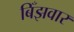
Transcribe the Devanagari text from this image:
बिँझवार